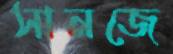
সানজে